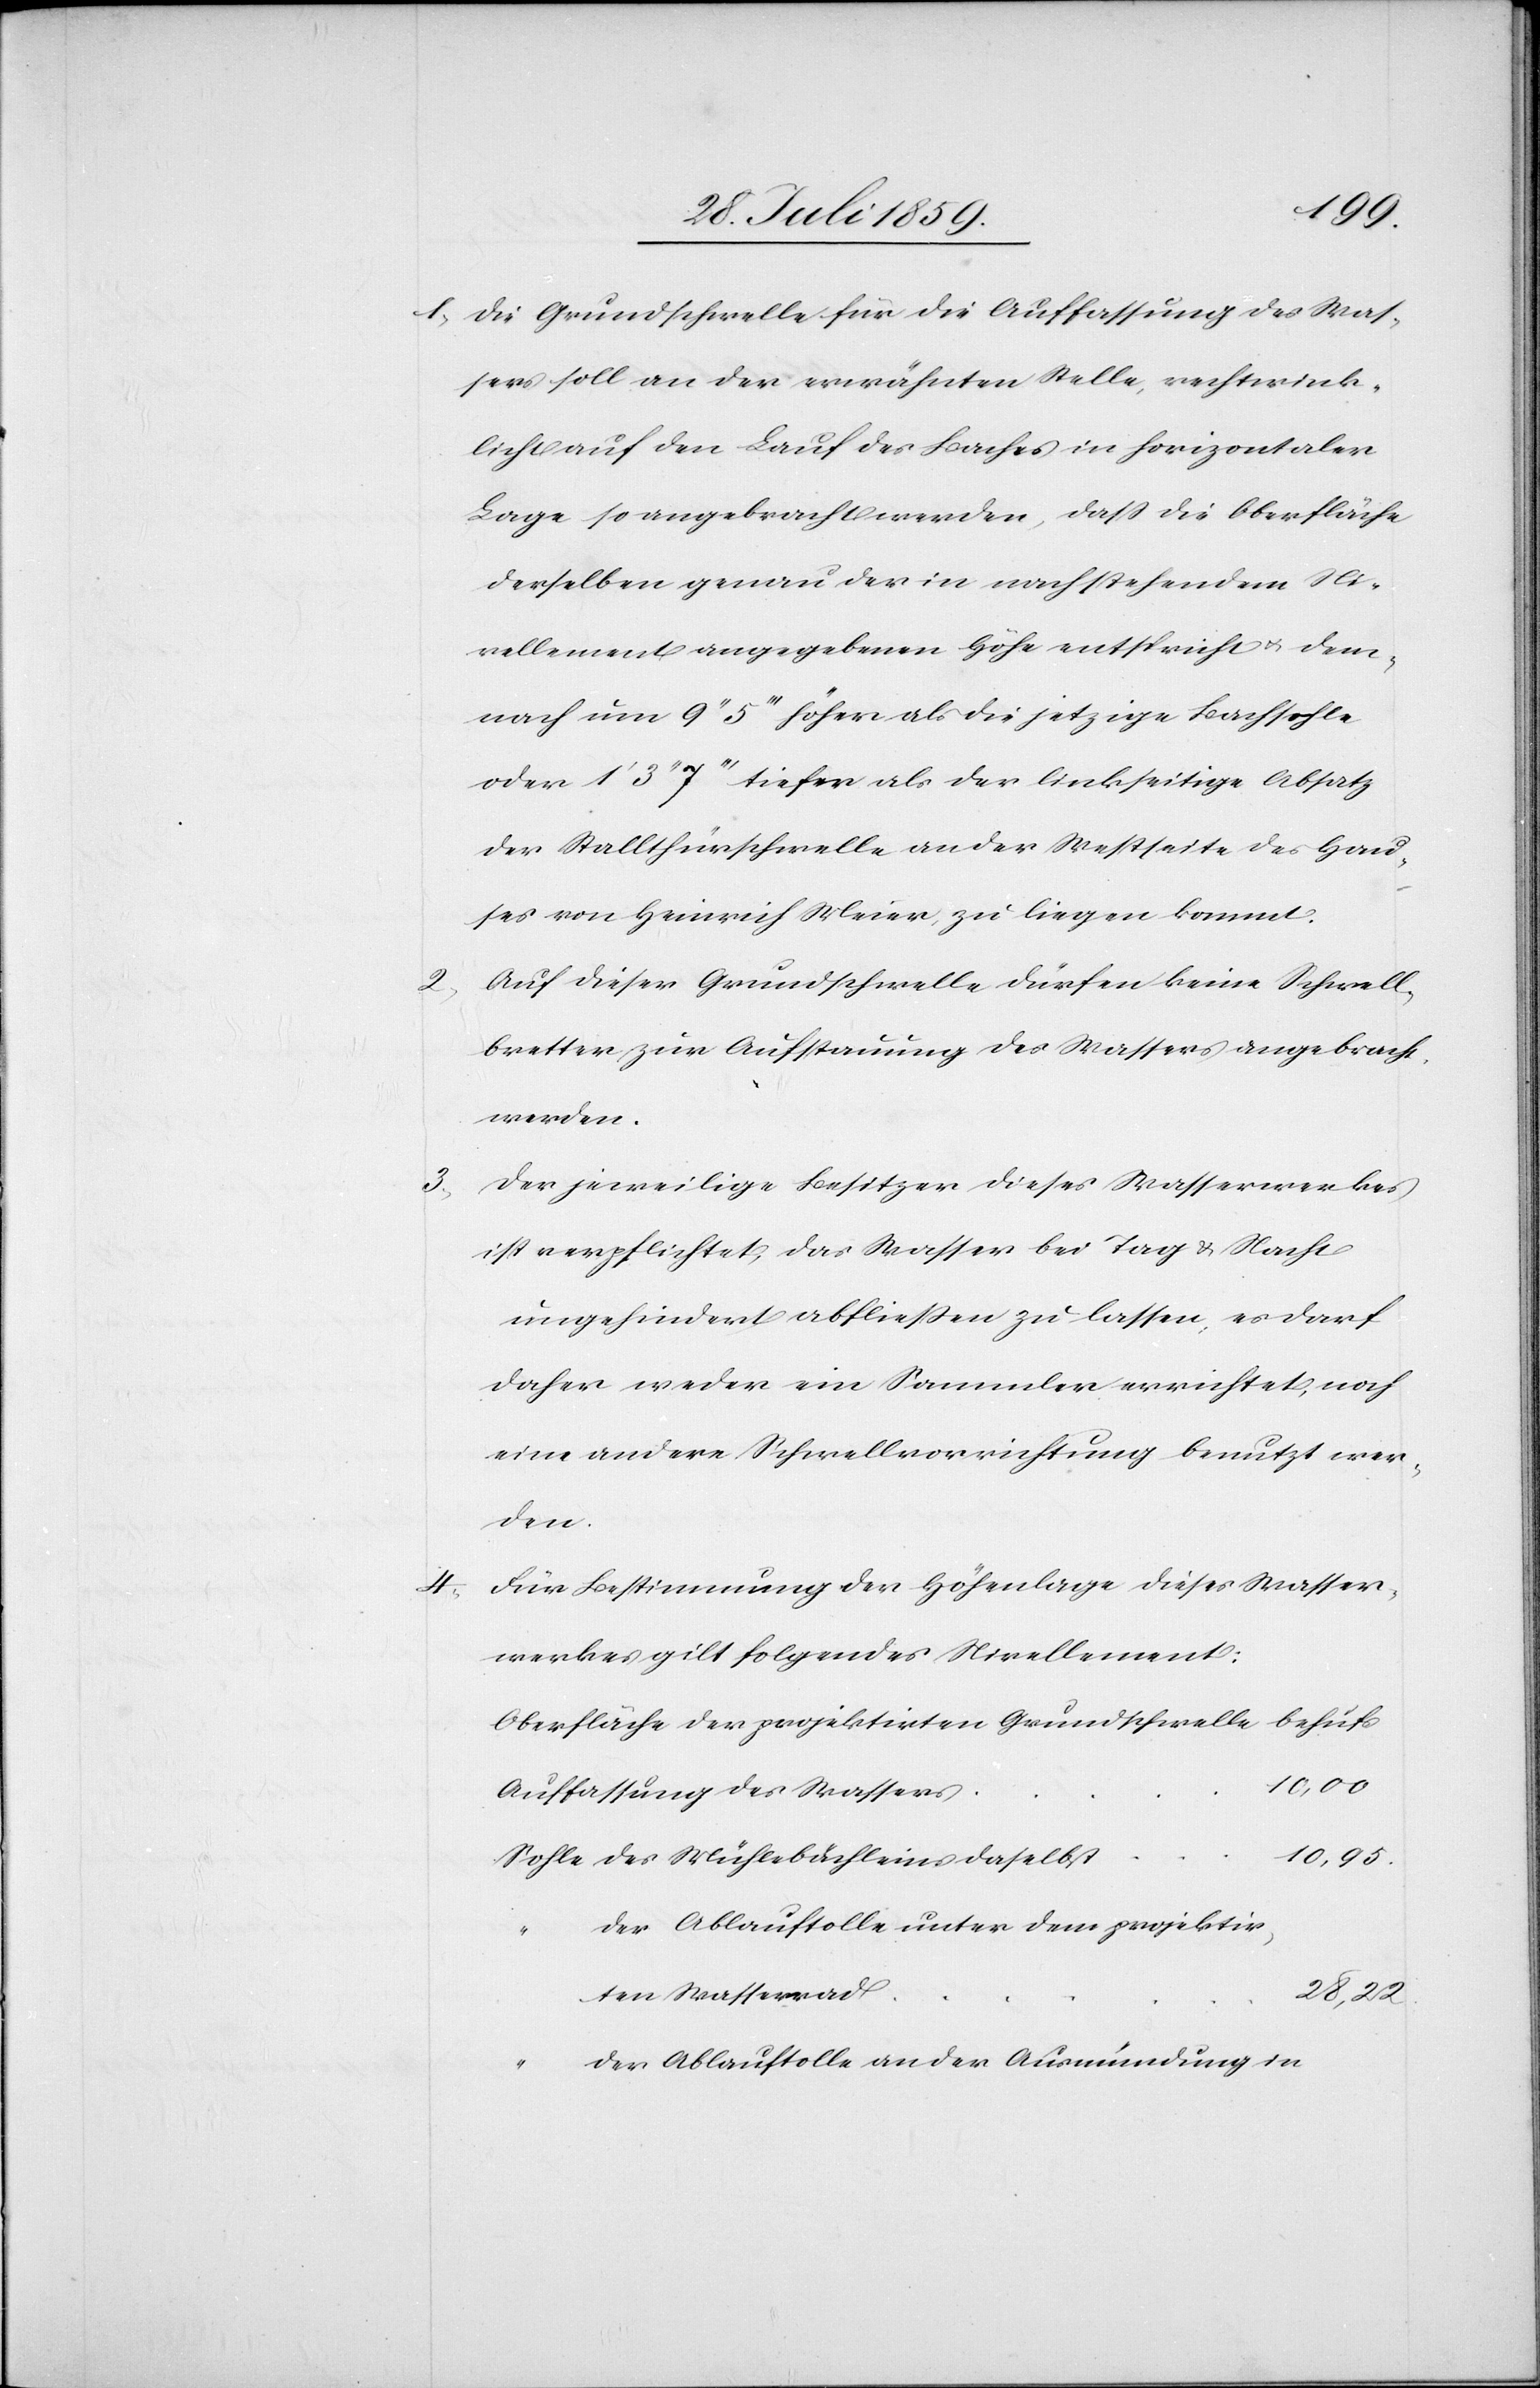
2.
3.

4.

10,00
1. Die Grundschwelle für die Auffassung des Was¬
sers soll an der erwähnten Stelle, rechtwink¬
licht auf den Lauf des Baches in horizontaler
Lage so angebracht werden, daß die Oberfläche
derselben genau der in nachstehendem Ni¬
vellement angegebenen Höhe entspricht u. dem¬
nach um 9’’5’’’ höher als die jetzige Bachsohle
oder 1’3’’7’’’ tiefer als der linksseitige Absatz
der Stallthürschwelle an der Westseite des Hau¬
ses von Heinrich Meier, zu liegen kommt.
Auf dieser Grundschwelle dürfen keine Schwell¬
bretter zur Aufspannung des Wassers angebracht
werden.
Der jeweilige Besitzer dieses Wasserwerkes
ist verpflichtet, das Wasser bei Tag u. Nacht
ungehindert abfließen zu lassen, es darf
daher weder ein Sammler errichtet, noch
eine andere Schwellvorrichtung benutzt wer¬
den.
Für Bestimmung der Höhenlage dieses Wasser¬
werkes gilt folgendes Nivellement:
Oberfläche der projektirten Grundschwelle behufs
Auffassung des Wassers
10,95
der Ablauftolle unter dem projektir¬
ten Wasserrad
28,22
der Ablauftolle an der Ausmündung in